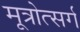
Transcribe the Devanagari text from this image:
मूत्रोत्सर्ग